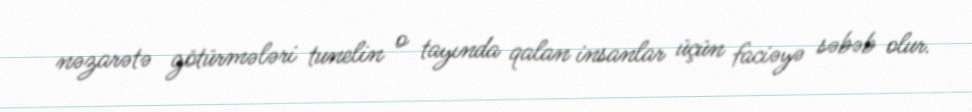
nəzarətə götürmələri tunelin o tayında qalan insanlar üçün faciəyə səbəb olur.